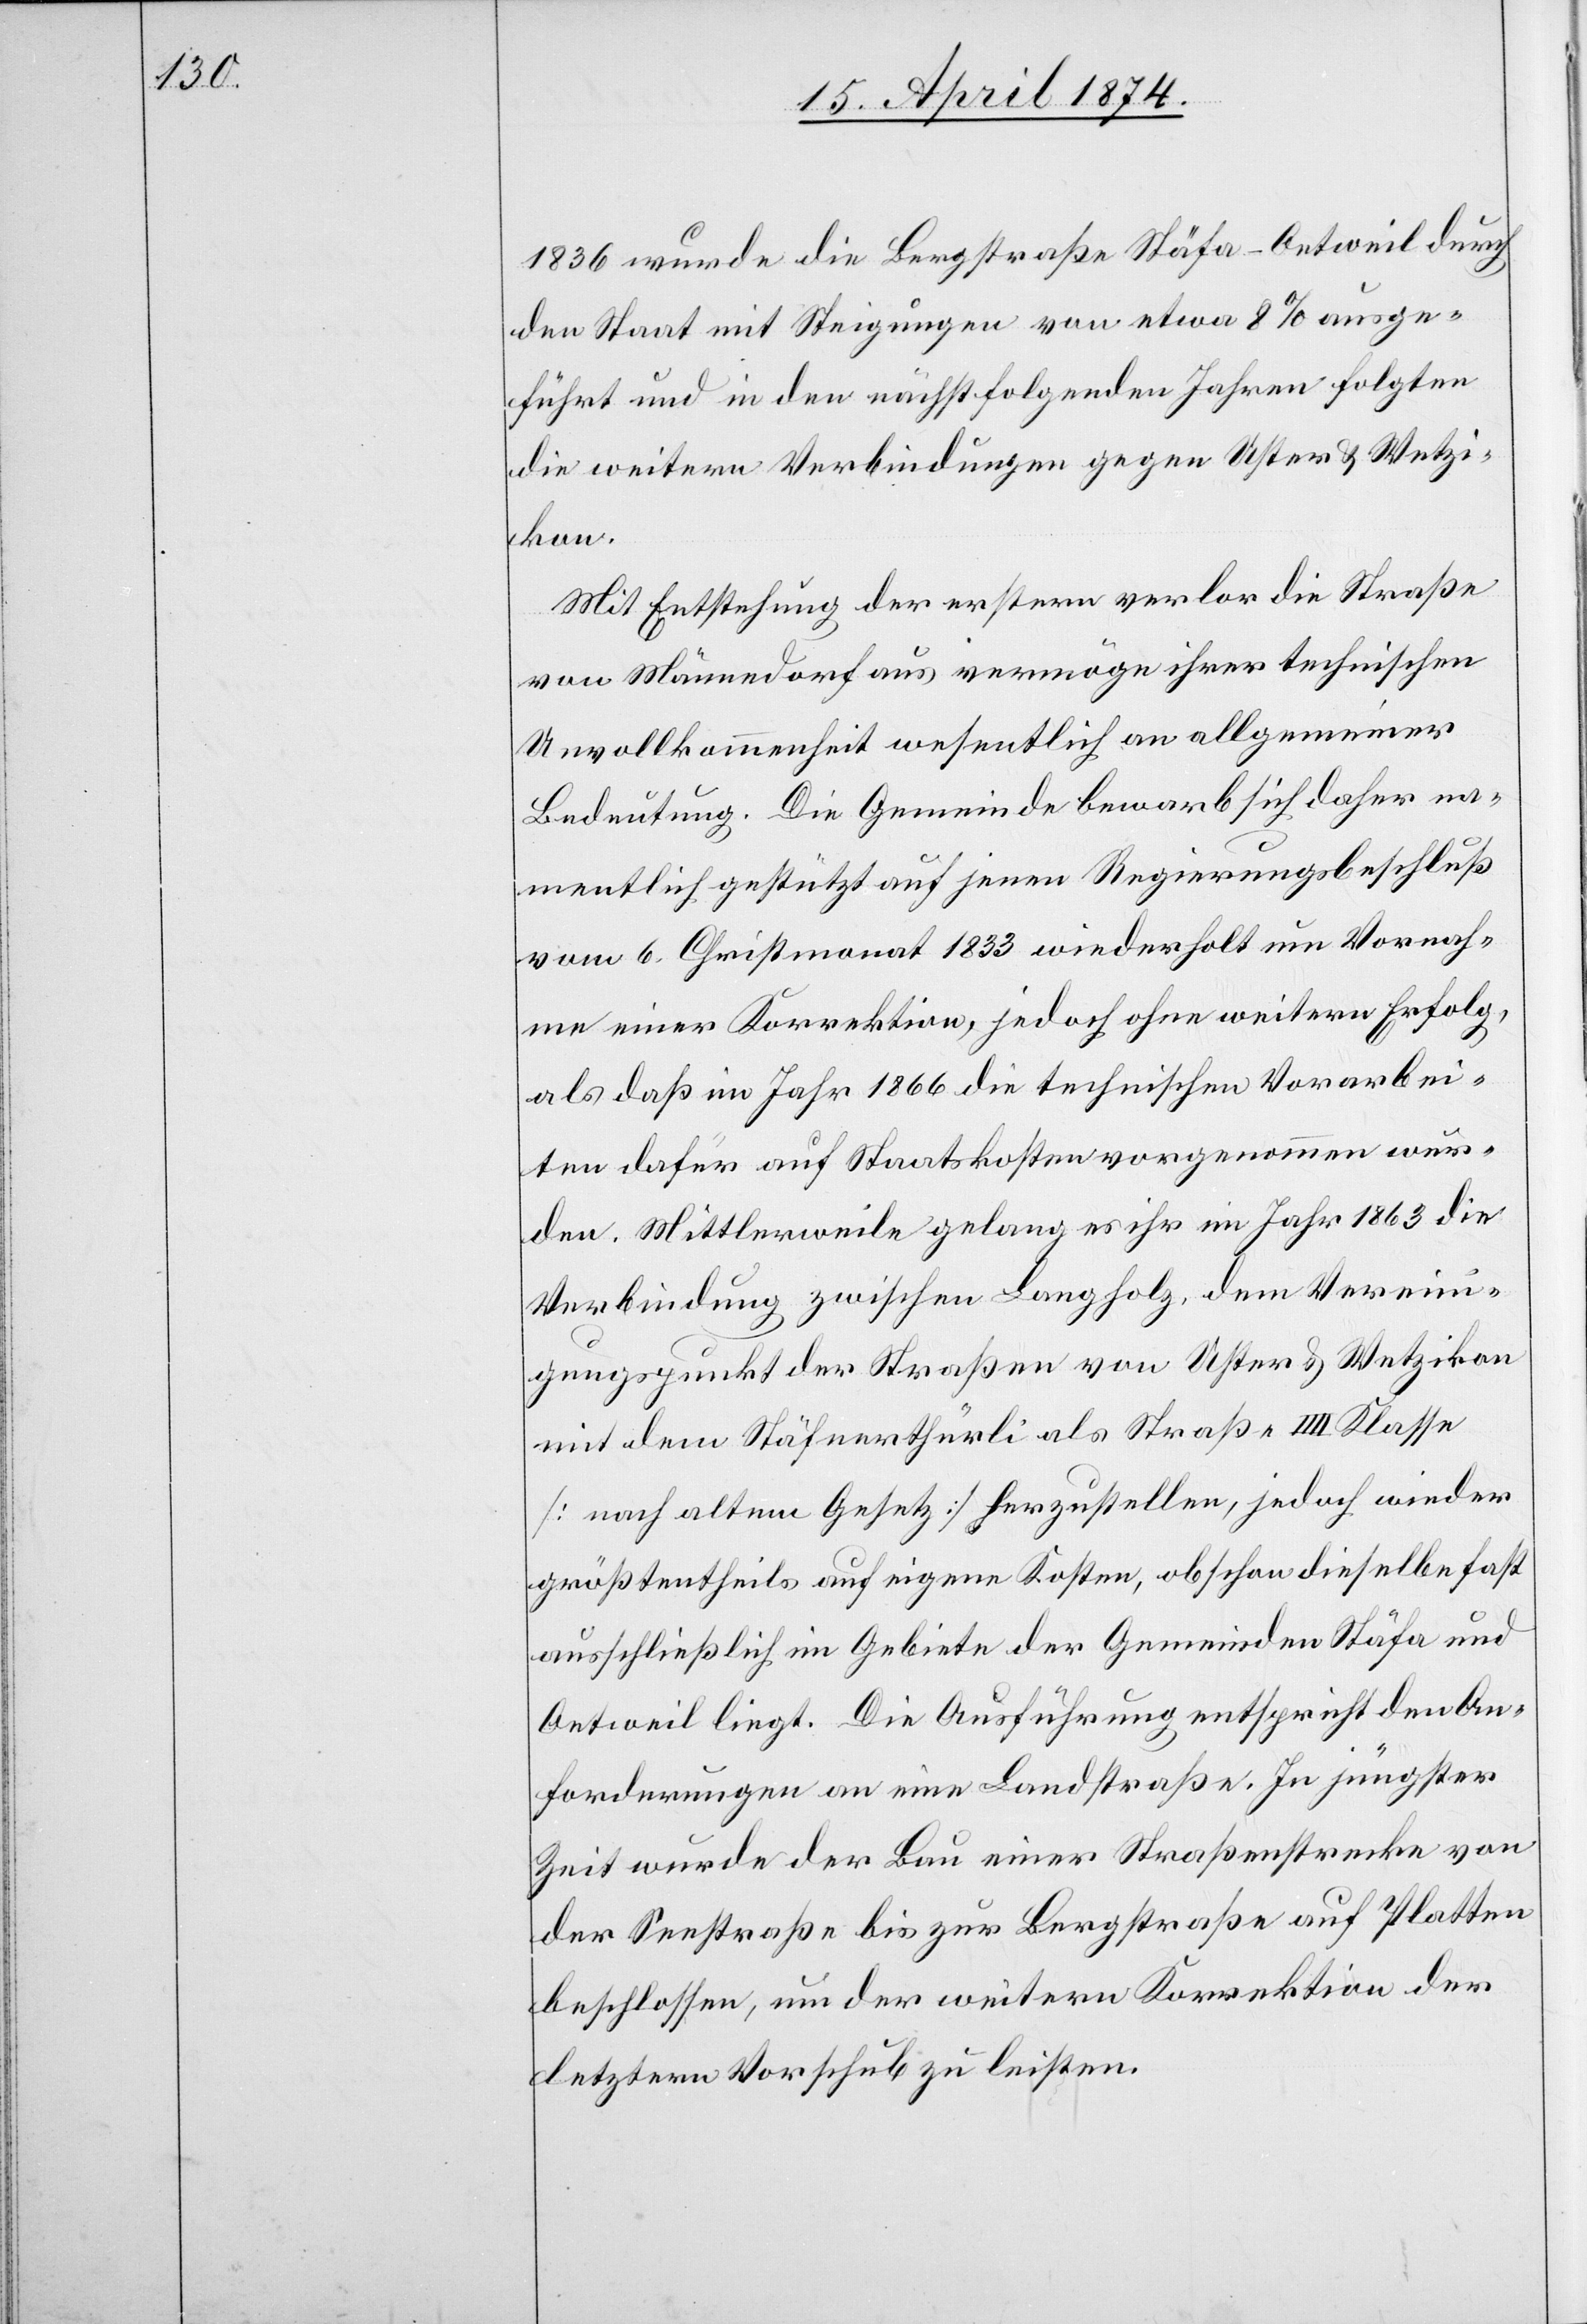
1836 wurde die Bergstraße Stäfa-Oetweil durch
den Staat mit Steigungen von etwa 8% ausge¬
führt und in den nächstfolgenden Jahren folgten
die weitern Verbindungen gegen Uster u. Wetzi¬
kon.
Mit Entstehung der erstern verlor die Straße
von Männedorf aus vermöge ihrer technischen
Unvollkommenheit wesentlich an allgemeiner
Bedeutung. Die Gemeinde bewarb sich daher na¬
mentlich gestützt auf jenen Regierungsbeschluß
vom 6. Christmonat 1833 wiederholt um Vornah¬
me einer Korrektion, jedoch ohne weiteren Erfolg,
als daß im Jahr 1866 die technischen Vorarbei¬
ten dafür auf Staatskosten vorgenommen wur¬
den. Mittlerweile gelang es ihr im Jahr 1863 die
Verbindung zwischen Langholz, dem Vereini¬
gungspunkt der Straßen von Uster u. Wetzikon
mit dem Stäfnerthürli als Straße IIII. Klasse
[nach altem Gesetz] herzustellen, jedoch wieder
größtentheils auf eigene Kosten, obschon dieselbe fast
ausschließlich im Gebiete der Gemeinden Stäfa und
Oetweil liegt. Die Ausführung entspricht den An¬
forderungen an eine Landstraße. In jüngster
Zeit wurde der Bau einer Straßenstrecke von
der Seestraße bis zur Bergstraße auf Platten
beschlossen, um der weitern Korrektion der
letztern Vorschub zu leisten.